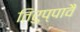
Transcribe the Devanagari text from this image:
तिरुप्पावै